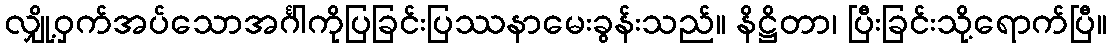
လျှို့ဝှက်အပ်သောအင်္ဂါကိုပြခြင်းပြဿနာမေးခွန်းသည်။ နိဋ္ဌိတာ၊ ပြီးခြင်းသို့ရောက်ပြီ။